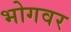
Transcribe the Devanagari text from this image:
भोगवर